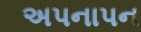
અપનાપન